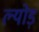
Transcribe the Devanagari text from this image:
ल्योड़